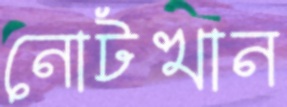
নোটখান